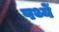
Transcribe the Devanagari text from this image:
पथ्यें